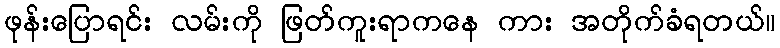
ဖုန်းပြောရင်း လမ်းကို ဖြတ်ကူးရာကနေ ကား အတိုက်ခံရတယ်။